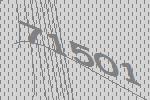
71501